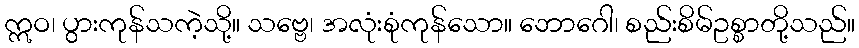
ဣဝ၊ ပွားကုန်သကဲ့သို့။ သဗ္ဗေ၊ အလုံးစုံကုန်သော။ ဘောဂေါ၊ စည်းစိမ်ဥစ္စာတို့သည်။